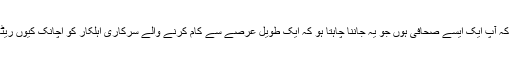
یا ہو سکتا ہے کہ آپ ایک ایسے صحافی ہوں جو یہ جاننا چاہتا ہو کہ ایک طویل عرصے سے کام کرنے والے سرکاری اہلکار کو اچانک کیوں ریٹائر کر دیا گیا۔